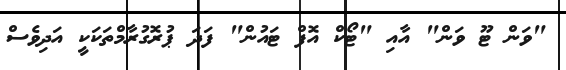
"ވަން ޓޫ ވަން" އާއި "ޓޯކް އޮފް ޓައުން" ފަދަ ޕުރޮގުރާމްތަކަކީ އަދިވެސް